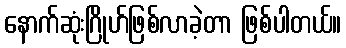
နောက်ဆုံးဂြိုဟ်ဖြစ်လာခဲ့တာ ဖြစ်ပါတယ်။